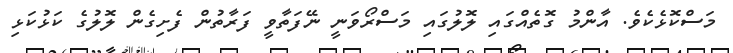
މަސްކޮޅެކެވެ. އާންމު ގޮތެއްގައި ލޮލުގައި މަސްރޯވަނީ ނޭފަތާވީ ފަރާތުން ފެށިގެން ލޮލުގެ ކަޅުކަޅި